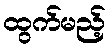
ထွက်မည့်